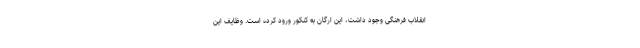
انقلاب فرهنگی وجود داشت، این ارگان به کنکور ورود کرده است. وظایف این